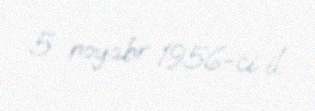
5 noyabr 1956-ci il